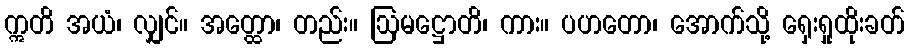
ဣတိ အယံ၊ လျှင်။ အတ္ထော၊ တည်း။ ဩမဋ္ဌောတိ၊ ကား။ ပဟတော၊ အောက်သို့ ရှေးရှုထိုးခတ်